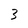
Character: 3